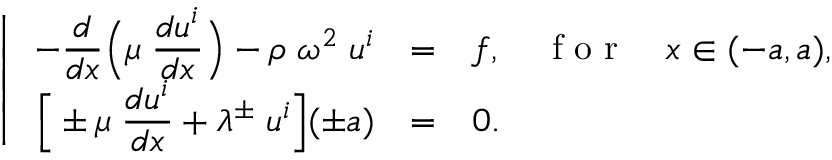
\left| \begin{array} { r c l l } { \displaystyle - \frac { d } { d x } \Big ( \mu \; \frac { d u ^ { i } } { d x } \Big ) - \rho \; \omega ^ { 2 } \; u ^ { i } } & { = } & { f , \quad \textnormal { f o r } } & { x \in ( - a , a ) , } \\ { \displaystyle \Big [ \pm \mu \; \frac { d u ^ { i } } { d x } + \lambda ^ { \pm } \; u ^ { i } \Big ] ( \pm a ) } & { = } & { 0 . } \end{array} \right.